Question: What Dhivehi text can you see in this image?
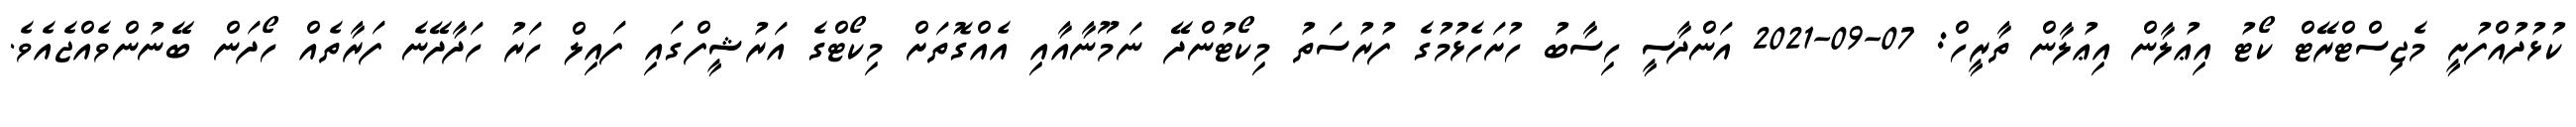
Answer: ކުޅުދުއްފުށީ މެޖިސްޓްރޭޓް ކޯޓު އިޢުލާން އިޢުލާން ތާރީހް: 07-09-2021 އަންދާސީ ހިސާބު ހުށަހެޅުމުގެ ފުރުސަތު މިކޯޓުންދޭ ނަމޫނާއާއި އެއްގޮތަށް މިކޯޓްގެ އަރުޝީފްގައި ފައިލް ހަރު ހަދާދޭނެ ފަރާތެއް ހޯދަން ބޭނުންވެއްޖެއެވެ.